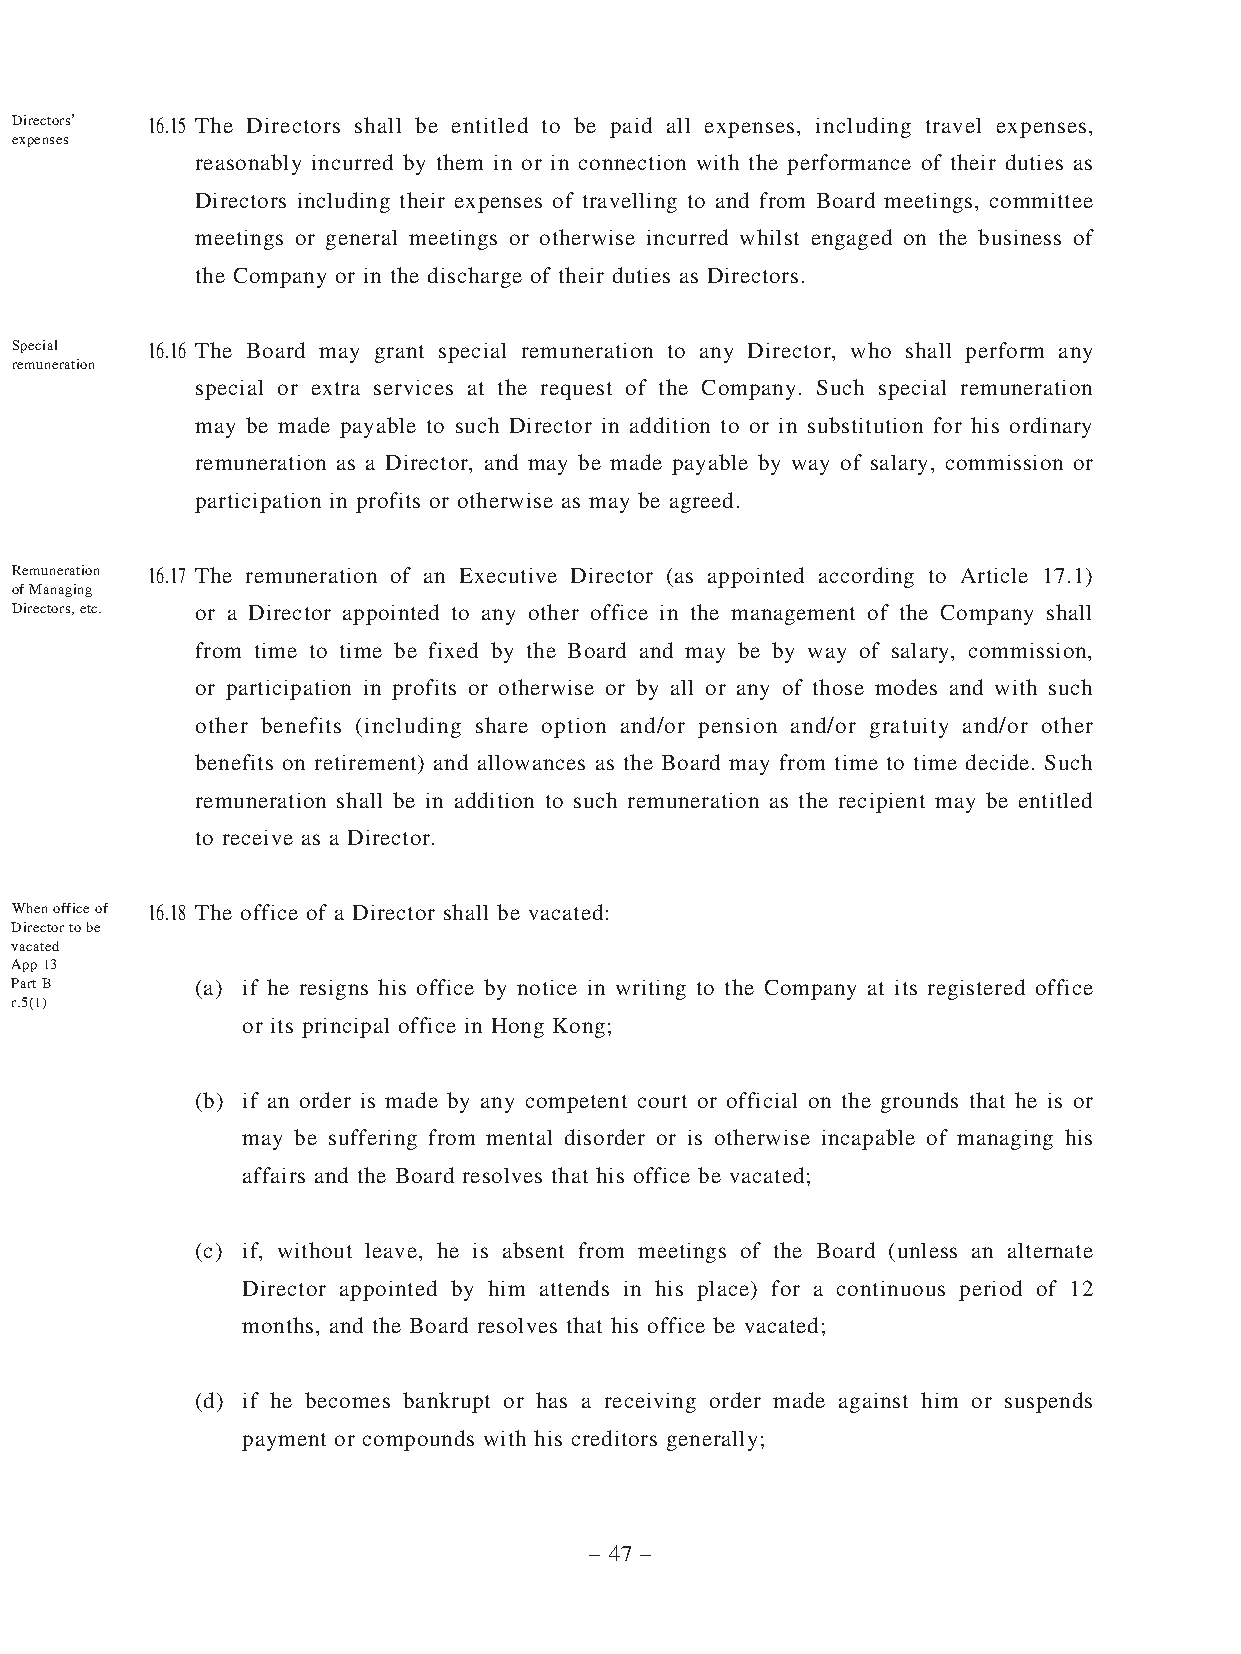
Directors’ 16.15 The Directors shall be entitled to be paid all expenses, including travel expenses,
 expenses
 reasonably incurred by them in or in connection with the performance of their duties as
 Directors including their expenses of travelling to and from Board meetings, committee
 meetings or general meetings or otherwise incurred whilst engaged on the business of
 the Company or in the discharge of their duties as Directors.
 Special  16.16 The Board may grant special remuneration to any Director, who shall perform any
 remuneration
 special or extra services at the request of the Company. Such special remuneration
 may be made payable to such Director in addition to or in substitution for his ordinary
 remuneration as a Director, and may be made payable by way of salary, commission or
 participation in profits or otherwise as may be agreed.
 Remuneration 16.17 The remuneration of an Executive Director (as appointed according to Article 17.1)
 of Managing
 Directors, etc. or a Director appointed to any other office in the management of the Company shall
 from time to time be fixed by the Board and may be by way of salary, commission,
 or participation in profits or otherwise or by all or any of those modes and with such
 other benefits (including share option and/or pension and/or gratuity and/or other
 benefits on retirement) and allowances as the Board may from time to time decide. Such
 remuneration shall be in addition to such remuneration as the recipient may be entitled
 to receive as a Director.
 When office of 16.18 The office of a Director shall be vacated:
 Director to be
 vacated
 App 13
 Part B      (a) if he resigns his office by notice in writing to the Company at its registered office
 r.5(1)
 or its principal office in Hong Kong;
 (b) if an order is made by any competent court or official on the grounds that he is or
 may be suffering from mental disorder or is otherwise incapable of managing his
 affairs and the Board resolves that his office be vacated;
 (c) if, without leave, he is absent from meetings of the Board (unless an alternate
 Director appointed by him attends in his place) for a continuous period of 12
 months, and the Board resolves that his office be vacated;
 (d) if he becomes bankrupt or has a receiving order made against him or suspends
 payment or compounds with his creditors generally;
 – 47 –